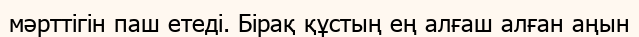
мәрттігін паш етеді. Бірақ құстың ең алғаш алған аңын